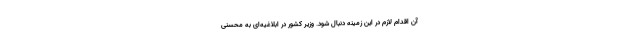
آن اقدام لازم در این زمینه دنبال شود. وزیر کشور در ابلاغیه‌ای به محسنی